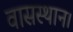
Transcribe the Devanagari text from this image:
वासस्थान।